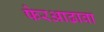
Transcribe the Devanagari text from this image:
फेरआढावा